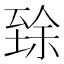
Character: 𱼬